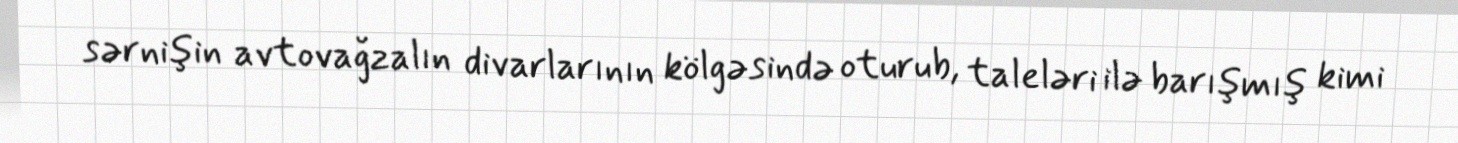
sərnişin avtovağzalın divarlarının kölgəsində oturub, taleləri ilə barışmış kimi